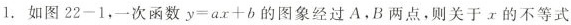
1.如图22-1，一次函数$$y = a x + b$$的图象经过A，B两点，则关于x的不等式